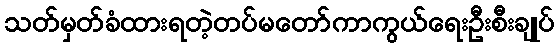
သတ်မှတ်ခံထားရတဲ့တပ်မတော်ကာကွယ်ရေးဦးစီးချုပ်